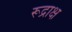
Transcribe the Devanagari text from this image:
रूद्राक्ष